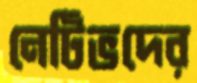
নেটিভদের